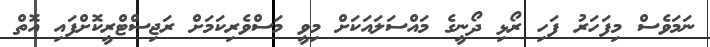
ނަމަވެސް މިފަހަރު ފަހި ރޯޅި ދޯނީގެ މައްސަލައަކަށް މިވީ މަސްވެރިކަމަށް ރަޖިސްޓްރީކޮށްފައި އޮތް